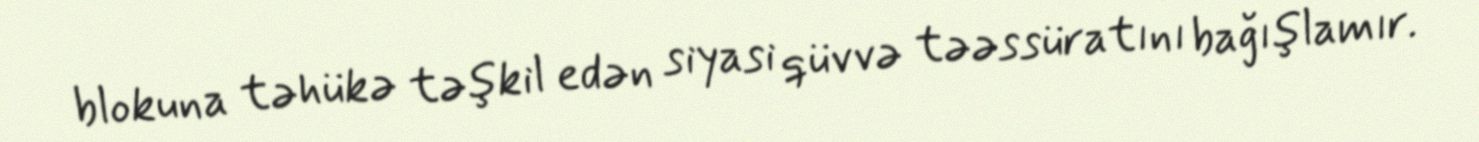
blokuna təhükə təşkil edən siyasi qüvvə təəssüratını bağışlamır.